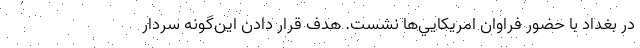
در بغداد با حضور فراوان امريكايي‌ها نشست. هدف قرار دادن اين‌گونه سردار